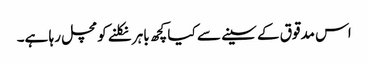
اس مدقوق کے سینے سے کیا کچھ باہر نکلنے کومچل رہا ہے۔